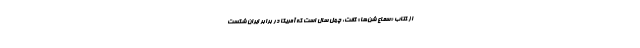
از کتاب «سماع شن‌ها» گفت: چهل سال است که آمریکا در برابر ایران شکست